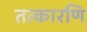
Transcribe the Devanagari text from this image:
तत्कारणि